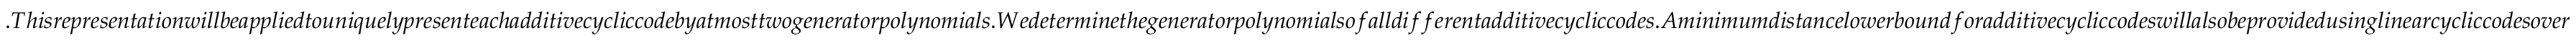
. T h i s r e p r e s e n t a t i o n w i l l b e a p p l i e d t o u n i q u e l y p r e s e n t e a c h a d d i t i v e c y c l i c c o d e b y a t m o s t t w o g e n e r a t o r p o l y n o m i a l s . W e d e t e r m i n e t h e g e n e r a t o r p o l y n o m i a l s o f a l l d i f f e r e n t a d d i t i v e c y c l i c c o d e s . A m i n i m u m d i s t a n c e l o w e r b o u n d f o r a d d i t i v e c y c l i c c o d e s w i l l a l s o b e p r o v i d e d u s i n g l i n e a r c y c l i c c o d e s o v e r